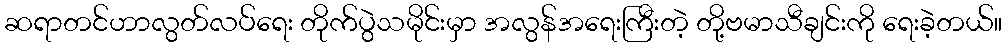
ဆရာတင်ဟာလွတ်လပ်ရေး တိုက်ပွဲသမိုင်းမှာ အလွန်အရေးကြီးတဲ့ တို့ဗမာသီချင်းကို ရေးခဲ့တယ်။